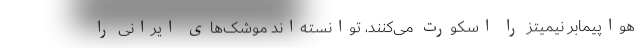
هواپیمابر نیمیتز را اسکورت می‌کنند، توانسته‌اند موشک‌های ایرانی را